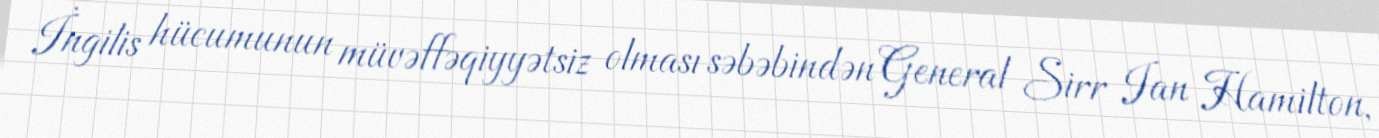
İngilis hücumunun müvəffəqiyyətsiz olması səbəbindən General Sirr Ian Hamilton,